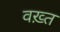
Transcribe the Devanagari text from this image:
वख़्त